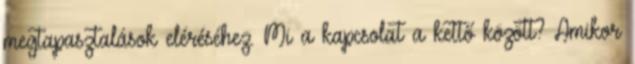
megtapasztalások eléréséhez. Mi a kapcsolat a kettő között? Amikor